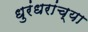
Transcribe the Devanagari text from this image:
धुरंधरांच्या